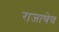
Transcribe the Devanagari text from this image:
राजाचेच